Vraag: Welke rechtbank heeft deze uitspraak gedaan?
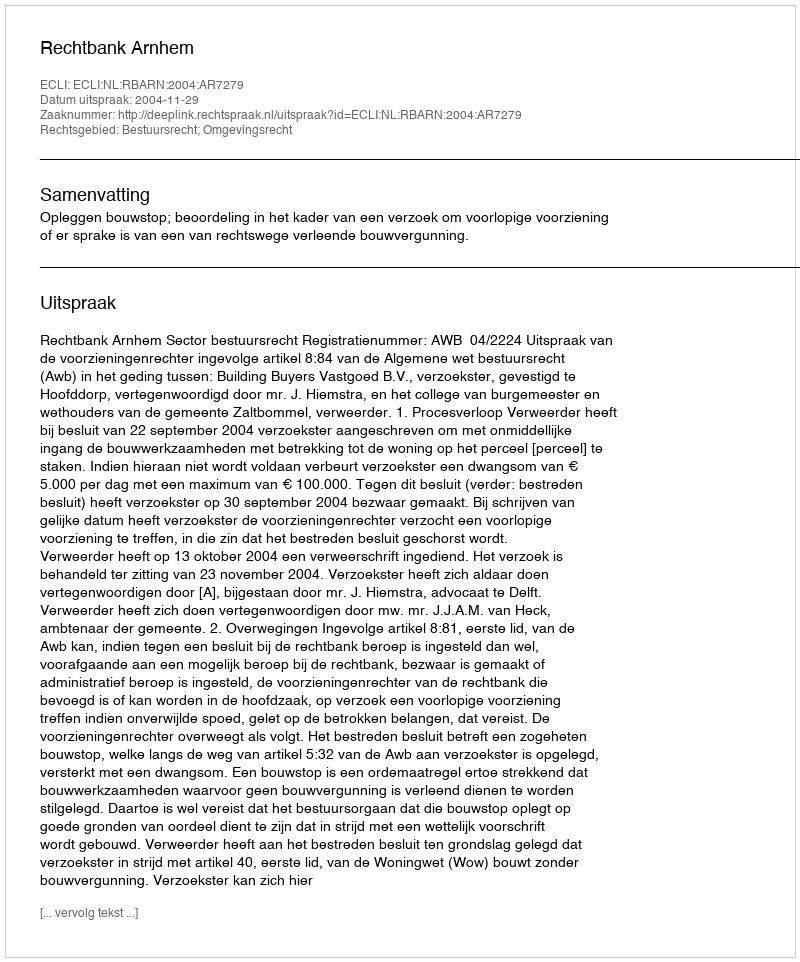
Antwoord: Rechtbank Arnhem